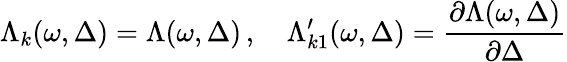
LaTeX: \Lambda_{k}(\omega,\Delta)=\Lambda(\omega,\Delta)\, ,\quad\Lambda_{k1}^{\prime}(\omega,\Delta)=\frac{\partial\Lambda(\omega,\Delta)}{\partial\Delta}